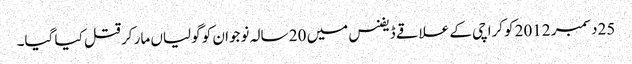
25دسمبر 2012 کوکراچی کے علاقے ڈیفنس میں 20 سالہ نوجوان کو گولیاں مار کر قتل کیا گیا۔